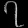
Digit: ၇